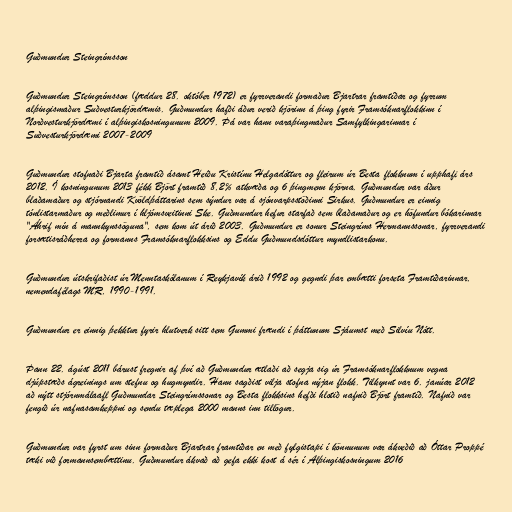
Guðmundur Steingrímsson

Guðmundur Steingrímsson (fæddur 28. október 1972) er fyrrverandi formaður Bjartrar framtíðar og fyrrum
alþingismaður Suðvesturkjördæmis. Guðmundur hafði áður verið kjörinn á þing fyrir Framsóknarflokkinn í
Norðvesturkjördæmi í alþingiskosningunum 2009. Þá var hann varaþingmaður Samfylkingarinnar í
Suðvesturkjördæmi 2007-2009

Guðmundur stofnaði Bjarta framtíð ásamt Heiðu Kristínu Helgadóttur og fleirum úr Besta flokknum í upphafi árs
2012. Í kosningunum 2013 fékk Björt framtíð 8,2% atkvæða og 6 þingmenn kjörna. Guðmundur var áður
blaðamaður og stjórnandi Kvöldþáttarins sem sýndur var á sjónvarpsstöðinni Sirkus. Guðmundur er einnig
tónlistarmaður og meðlimur í hljómsveitinni Ske. Guðmundur hefur starfað sem blaðamaður og er höfundur bókarinnar
"Áhrif mín á mannkynssöguna", sem kom út árið 2003. Guðmundur er sonur Steingríms Hermannssonar, fyrrverandi
forsætisráðherra og formanns Framsóknarflokksins og Eddu Guðmundsdóttur myndlistarkonu.

Guðmundur útskrifaðist úr Menntaskólanum í Reykjavík árið 1992 og gegndi þar embætti forseta Framtíðarinnar,
nemendafélags MR, 1990-1991.

Guðmundur er einnig þekktur fyrir hlutverk sitt sem Gummi frændi í þáttunum Sjáumst með Silvíu Nótt.

Þann 22. ágúst 2011 bárust fregnir af því að Guðmundur ætlaði að segja sig úr Framsóknarflokknum vegna
djúpstæðs ágreinings um stefnu og hugmyndir. Hann sagðist vilja stofna nýjan flokk. Tilkynnt var 6. janúar 2012
að nýtt stjórnmálaafl Guðmundar Steingrímssonar og Besta flokksins hefði hlotið nafnið Björt framtíð. Nafnið var
fengið úr nafnasamkeppni og sendu tæplega 2000 manns inn tillögur.

Guðmundur var fyrst um sinn formaður Bjartrar framtíðar en með fylgistapi í könnunum var ákveðið að Óttar Proppé
tæki við formannsembættinu. Guðmundur ákvað að gefa ekki kost á sér í Alþingiskosningum 2016